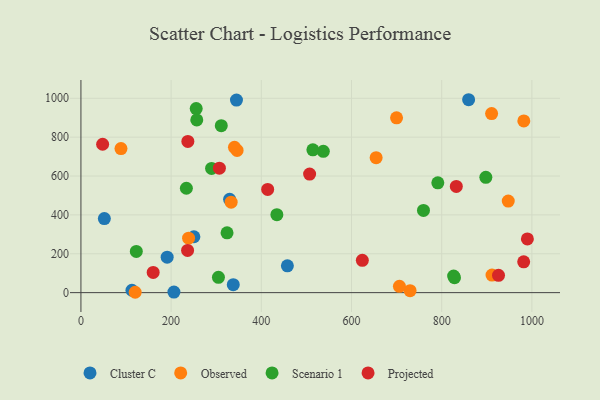
{"axis": {"x": "Price", "y": "Rating"}, "legend": ["Cluster C", "Observed", "Projected", "Scenario 1"], "data": [{"x": "859.7", "y": 992.5, "type": "Cluster C"}, {"x": "51.9", "y": 381.0, "type": "Cluster C"}, {"x": "113.1", "y": 12.4, "type": "Cluster C"}, {"x": "344.9", "y": 990.9, "type": "Cluster C"}, {"x": "457.8", "y": 138.2, "type": "Cluster C"}, {"x": "329.7", "y": 480.3, "type": "Cluster C"}, {"x": "250.5", "y": 287.5, "type": "Cluster C"}, {"x": "206.2", "y": 3.0, "type": "Cluster C"}, {"x": "191.2", "y": 182.6, "type": "Cluster C"}, {"x": "337.8", "y": 40.8, "type": "Cluster C"}, {"x": "699.9", "y": 899.4, "type": "Observed"}, {"x": "120.3", "y": 1.9, "type": "Observed"}, {"x": "982.1", "y": 883.5, "type": "Observed"}, {"x": "911.6", "y": 90.3, "type": "Observed"}, {"x": "729.9", "y": 10.1, "type": "Observed"}, {"x": "654.6", "y": 694.5, "type": "Observed"}, {"x": "346.3", "y": 731.5, "type": "Observed"}, {"x": "340.5", "y": 747.7, "type": "Observed"}, {"x": "238.7", "y": 280.2, "type": "Observed"}, {"x": "706.3", "y": 32.5, "type": "Observed"}, {"x": "947.6", "y": 470.9, "type": "Observed"}, {"x": "333.1", "y": 465.6, "type": "Observed"}, {"x": "88.8", "y": 741.0, "type": "Observed"}, {"x": "910.7", "y": 921.3, "type": "Observed"}, {"x": "256.9", "y": 888.7, "type": "Scenario 1"}, {"x": "289.7", "y": 639.2, "type": "Scenario 1"}, {"x": "324.0", "y": 308.0, "type": "Scenario 1"}, {"x": "537.5", "y": 727.0, "type": "Scenario 1"}, {"x": "122.8", "y": 212.3, "type": "Scenario 1"}, {"x": "826.5", "y": 85.5, "type": "Scenario 1"}, {"x": "897.9", "y": 593.2, "type": "Scenario 1"}, {"x": "233.8", "y": 537.1, "type": "Scenario 1"}, {"x": "514.3", "y": 735.0, "type": "Scenario 1"}, {"x": "434.5", "y": 400.9, "type": "Scenario 1"}, {"x": "759.6", "y": 423.2, "type": "Scenario 1"}, {"x": "255.6", "y": 947.1, "type": "Scenario 1"}, {"x": "311.2", "y": 859.1, "type": "Scenario 1"}, {"x": "828.4", "y": 77.0, "type": "Scenario 1"}, {"x": "791.4", "y": 564.8, "type": "Scenario 1"}, {"x": "304.9", "y": 78.8, "type": "Scenario 1"}, {"x": "990.0", "y": 276.5, "type": "Projected"}, {"x": "236.5", "y": 217.3, "type": "Projected"}, {"x": "307.0", "y": 640.5, "type": "Projected"}, {"x": "832.4", "y": 546.4, "type": "Projected"}, {"x": "624.0", "y": 166.2, "type": "Projected"}, {"x": "237.1", "y": 778.2, "type": "Projected"}, {"x": "48.1", "y": 763.5, "type": "Projected"}, {"x": "160.2", "y": 104.2, "type": "Projected"}, {"x": "414.1", "y": 531.2, "type": "Projected"}, {"x": "507.1", "y": 610.1, "type": "Projected"}, {"x": "981.8", "y": 158.5, "type": "Projected"}, {"x": "926.0", "y": 89.1, "type": "Projected"}]}